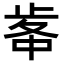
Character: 𣥷